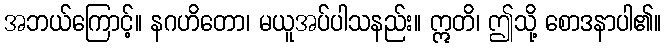
အဘယ်ကြောင့်။ နဂဟိတော၊ မယူအပ်ပါသနည်း။ ဣတိ၊ ဤသို့ စောဒနာပါ၏။